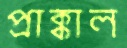
প্রাক্কাল